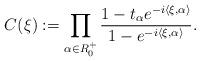
LaTeX: \begin{align*} C({{\xi}}):= \prod_{\alpha\in R_0^+} \frac{ 1-t_{\alpha} e^{-i\langle \xi,\alpha\rangle}} { 1-e^{-i\langle \xi,\alpha\rangle}}.\end{align*}